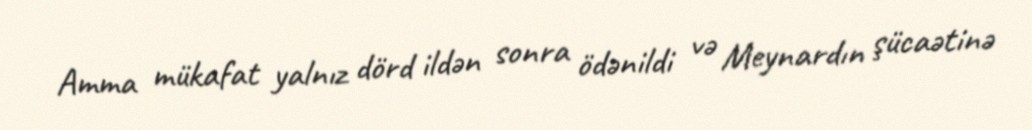
Amma mükafat yalnız dörd ildən sonra ödənildi və Meynardın şücaətinə